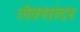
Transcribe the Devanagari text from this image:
लेक्सांदर